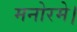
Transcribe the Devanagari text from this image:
मनोरमे।